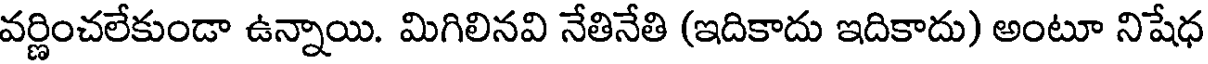
వర్ణించలేకుండా ఉన్నాయి. మిగిలినవి నేతినేతి (ఇదికాదు ఇదికాదు) అంటూ నిషేధ